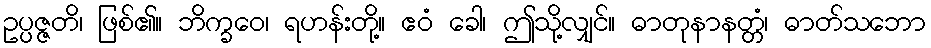
ဥပ္ပဇ္ဇတိ၊ ဖြစ်၏။ ဘိက္ခဝေ၊ ရဟန်းတို့။ ဧဝံ ခေါ၊ ဤသို့လျှင်။ ဓာတုနာနတ္တံ၊ ဓာတ်သဘော